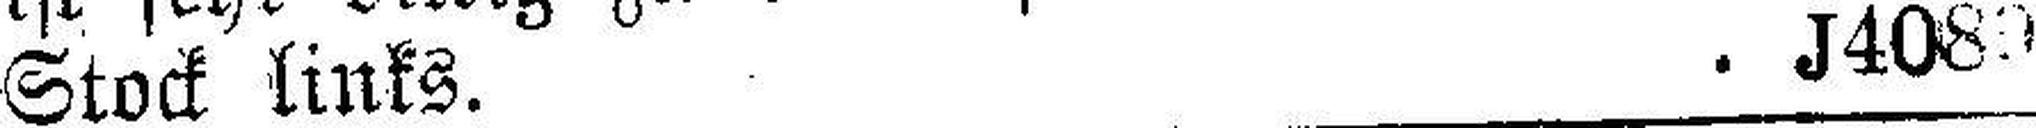
Stock links. J4080